Annual administration report of the Civil Veterinary Department of India - 1907-1908
Year: 1907
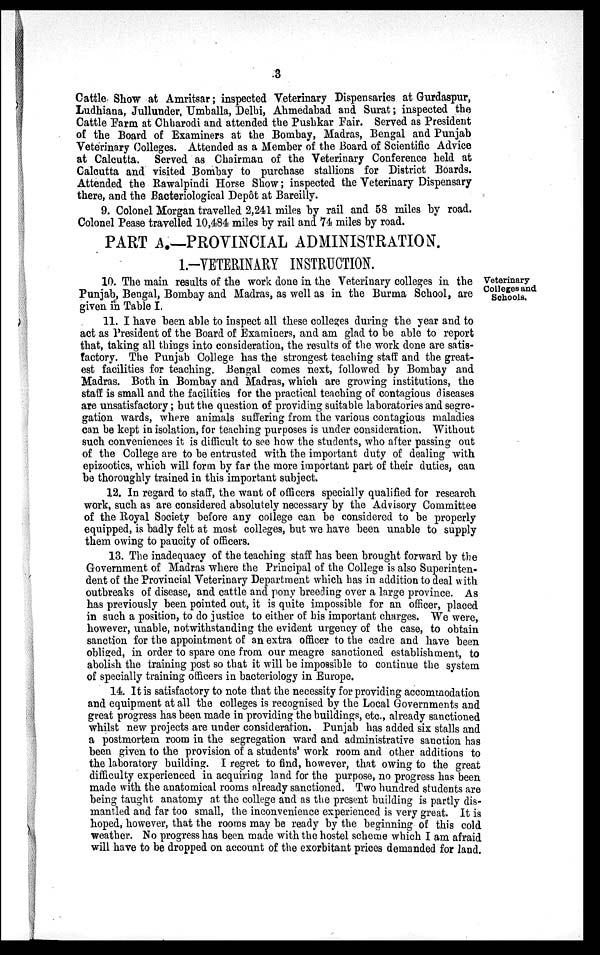
3
Cattle Show at Amritsar; inspected Veterinary Dispensaries at Gurdaspur,
Ludhiana, Jullunder, Umballa, Delhi, Ahmedabad and Surat; inspected the
Cattle Farm at Chharodi and attended the Pushkar Fair. Served as President
of the Board of Examiners at the Bombay, Madras, Bengal and Punjab
Veterinary Colleges. Attended as a Member of the Board of Scientific Advice
at Calcutta. Served as Chairman of the Veterinary Conference held at
Calcutta and visited Bombay to purchase stallions for District Boards.
Attended the Rawalpindi Horse Show; inspected the Veterinary Dispensary
there, and the Bacteriological Depôt at Bareilly.
9. Colonel Morgan travelled 2,241 miles by rail and 58 miles by road.
Colonel Pease travelled 10,484 miles by rail and 74 miles by road.
PART A.—PROVINCIAL ADMINISTRATION.
1.-VETERINARY INSTRUCTION.
Veterinary
Colleges and
Schools.
10. The main results of the work done in the Veterinary colleges in the
Punjab, Bengal, Bombay and Madras, as well as in the Burma School, are
given in Table I.
11. I have been able to inspect all these colleges during the year and to
act as President of the Board of Examiners, and am glad to be able to report
that, taking all things into consideration, the results of the work done are satis-
factory. The Punjab College has the strongest teaching staff and the great-
est facilities for teaching. Bengal comes next, followed by Bombay and
Madras. Both in Bombay and Madras, which are growing institutions, the
staff is small and the facilities for the practical teaching of contagious diseases
are unsatisfactory; but the question of providing suitable laboratories and segre-
gation wards, where animals suffering from the various contagious maladies
can be kept in isolation, for teaching purposes is under consideration. Without
such conveniences it is difficult to see how the students, who after passing out
of the College are to be entrusted with the important duty of dealing with
epizootics, which will form by far the more important part of their duties, can
be thoroughly trained in this important subject.
12. In regard to staff, the want of officers specially qualified for research
work, such as are considered absolutely necessary by the Advisory Committee
of the Royal Society before any college can be considered to be properly
equipped, is badly felt at most colleges, but we have been unable to supply
them owing to paucity of officers.
13. The inadequacy of the teaching staff has been brought forward by the
Government of Madras where the Principal of the College is also Superinten-
dent of the Provincial Veterinary Department which has in addition to deal with
outbreaks of disease, and cattle and pony breeding over a large province. As
has previously been pointed out, it is quite impossible for an officer, placed
in such a position, to do justice to either of his important charges. We were,
however, unable, notwithstanding the evident urgency of the case, to obtain
sanction for the appointment of an extra officer to the cadre and have been
obliged, in order to spare one from our meagre sanctioned establishment, to
abolish the training post so that it will be impossible to continue the system
of specially training officers in bacteriology in Europe.
14. It is satisfactory to note that the necessity for providing accommodation
and equipment at all the colleges is recognised by the Local Governments and
great progress has been made in providing the buildings, etc., already sanctioned
whilst new projects are under consideration. Punjab has added six stalls and
a postmortem room in the segregation ward and administrative sanction has
been given to the provision of a students' work room and other additions to
the laboratory building. I regret to find, however, that owing to the great
difficulty experienced in acquiring land for the purpose, no progress has been
made with the anatomical rooms already sanctioned. Two hundred students are
being taught anatomy at the college and as the present building is partly dis-
mantled and far too small, the inconvenience experienced is very great. It is
hoped, however, that the rooms may be ready by the beginning of this cold
weather. No progress has been made with the hostel scheme which I am afraid
will have to be dropped on account of the exorbitant prices demanded for land.